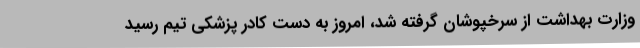
وزارت بهداشت از سرخپوشان گرفته شد، امروز به دست کادر پزشکی تیم رسید